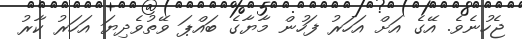
ޖެހުނެވެ. އޭގެ އަށް އަހަރު ފަހުން މާޔާގެ ބައްޕަ ވޭތުވެދިޔަ އަހަރު ކާރު